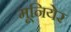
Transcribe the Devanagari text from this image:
मूनियेर